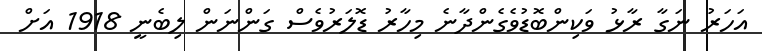
އަހަރު ނަގާ ރާޅު ވަކިންބޮޑުވެގެންދާނެ މިހާރު ޑޮލަރުވެސް ގަންނަން ލިބެނީ 1918 އަށް